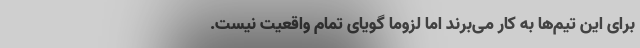
برای این تیم‌ها به کار می‌برند اما لزوماً گویای تمام واقعیت نیست.